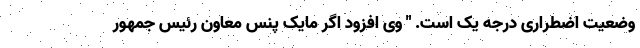
وضعیت اضطراری درجه یک است. " وی افزود اگر مایک پنس معاون رئیس جمهور